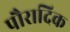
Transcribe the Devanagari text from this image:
पौरादिक